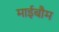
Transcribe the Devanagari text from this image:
माईबौम